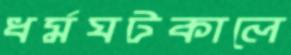
ধর্মঘটকালে